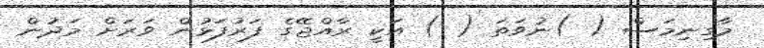
މާގިނިމަސް ( )ނުވަތަ ( ) އަކީ ރާއްޖޭގެ ފަރުފަޅުން ވަރަށް މަދުން